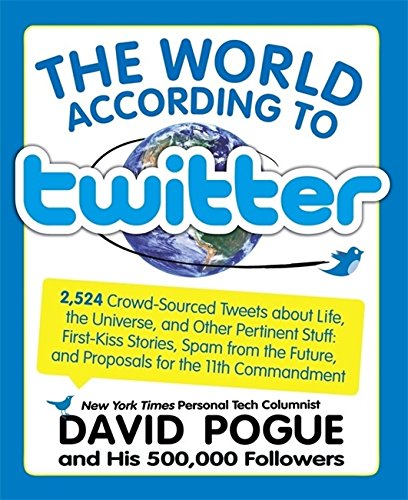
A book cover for World According to Twitter; David Pogue; Humor & Entertainment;